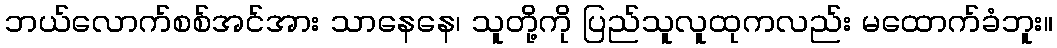
ဘယ်လောက်စစ်အင်အား သာနေနေ၊ သူတို့ကို ပြည်သူလူထုကလည်း မထောက်ခံဘူး။